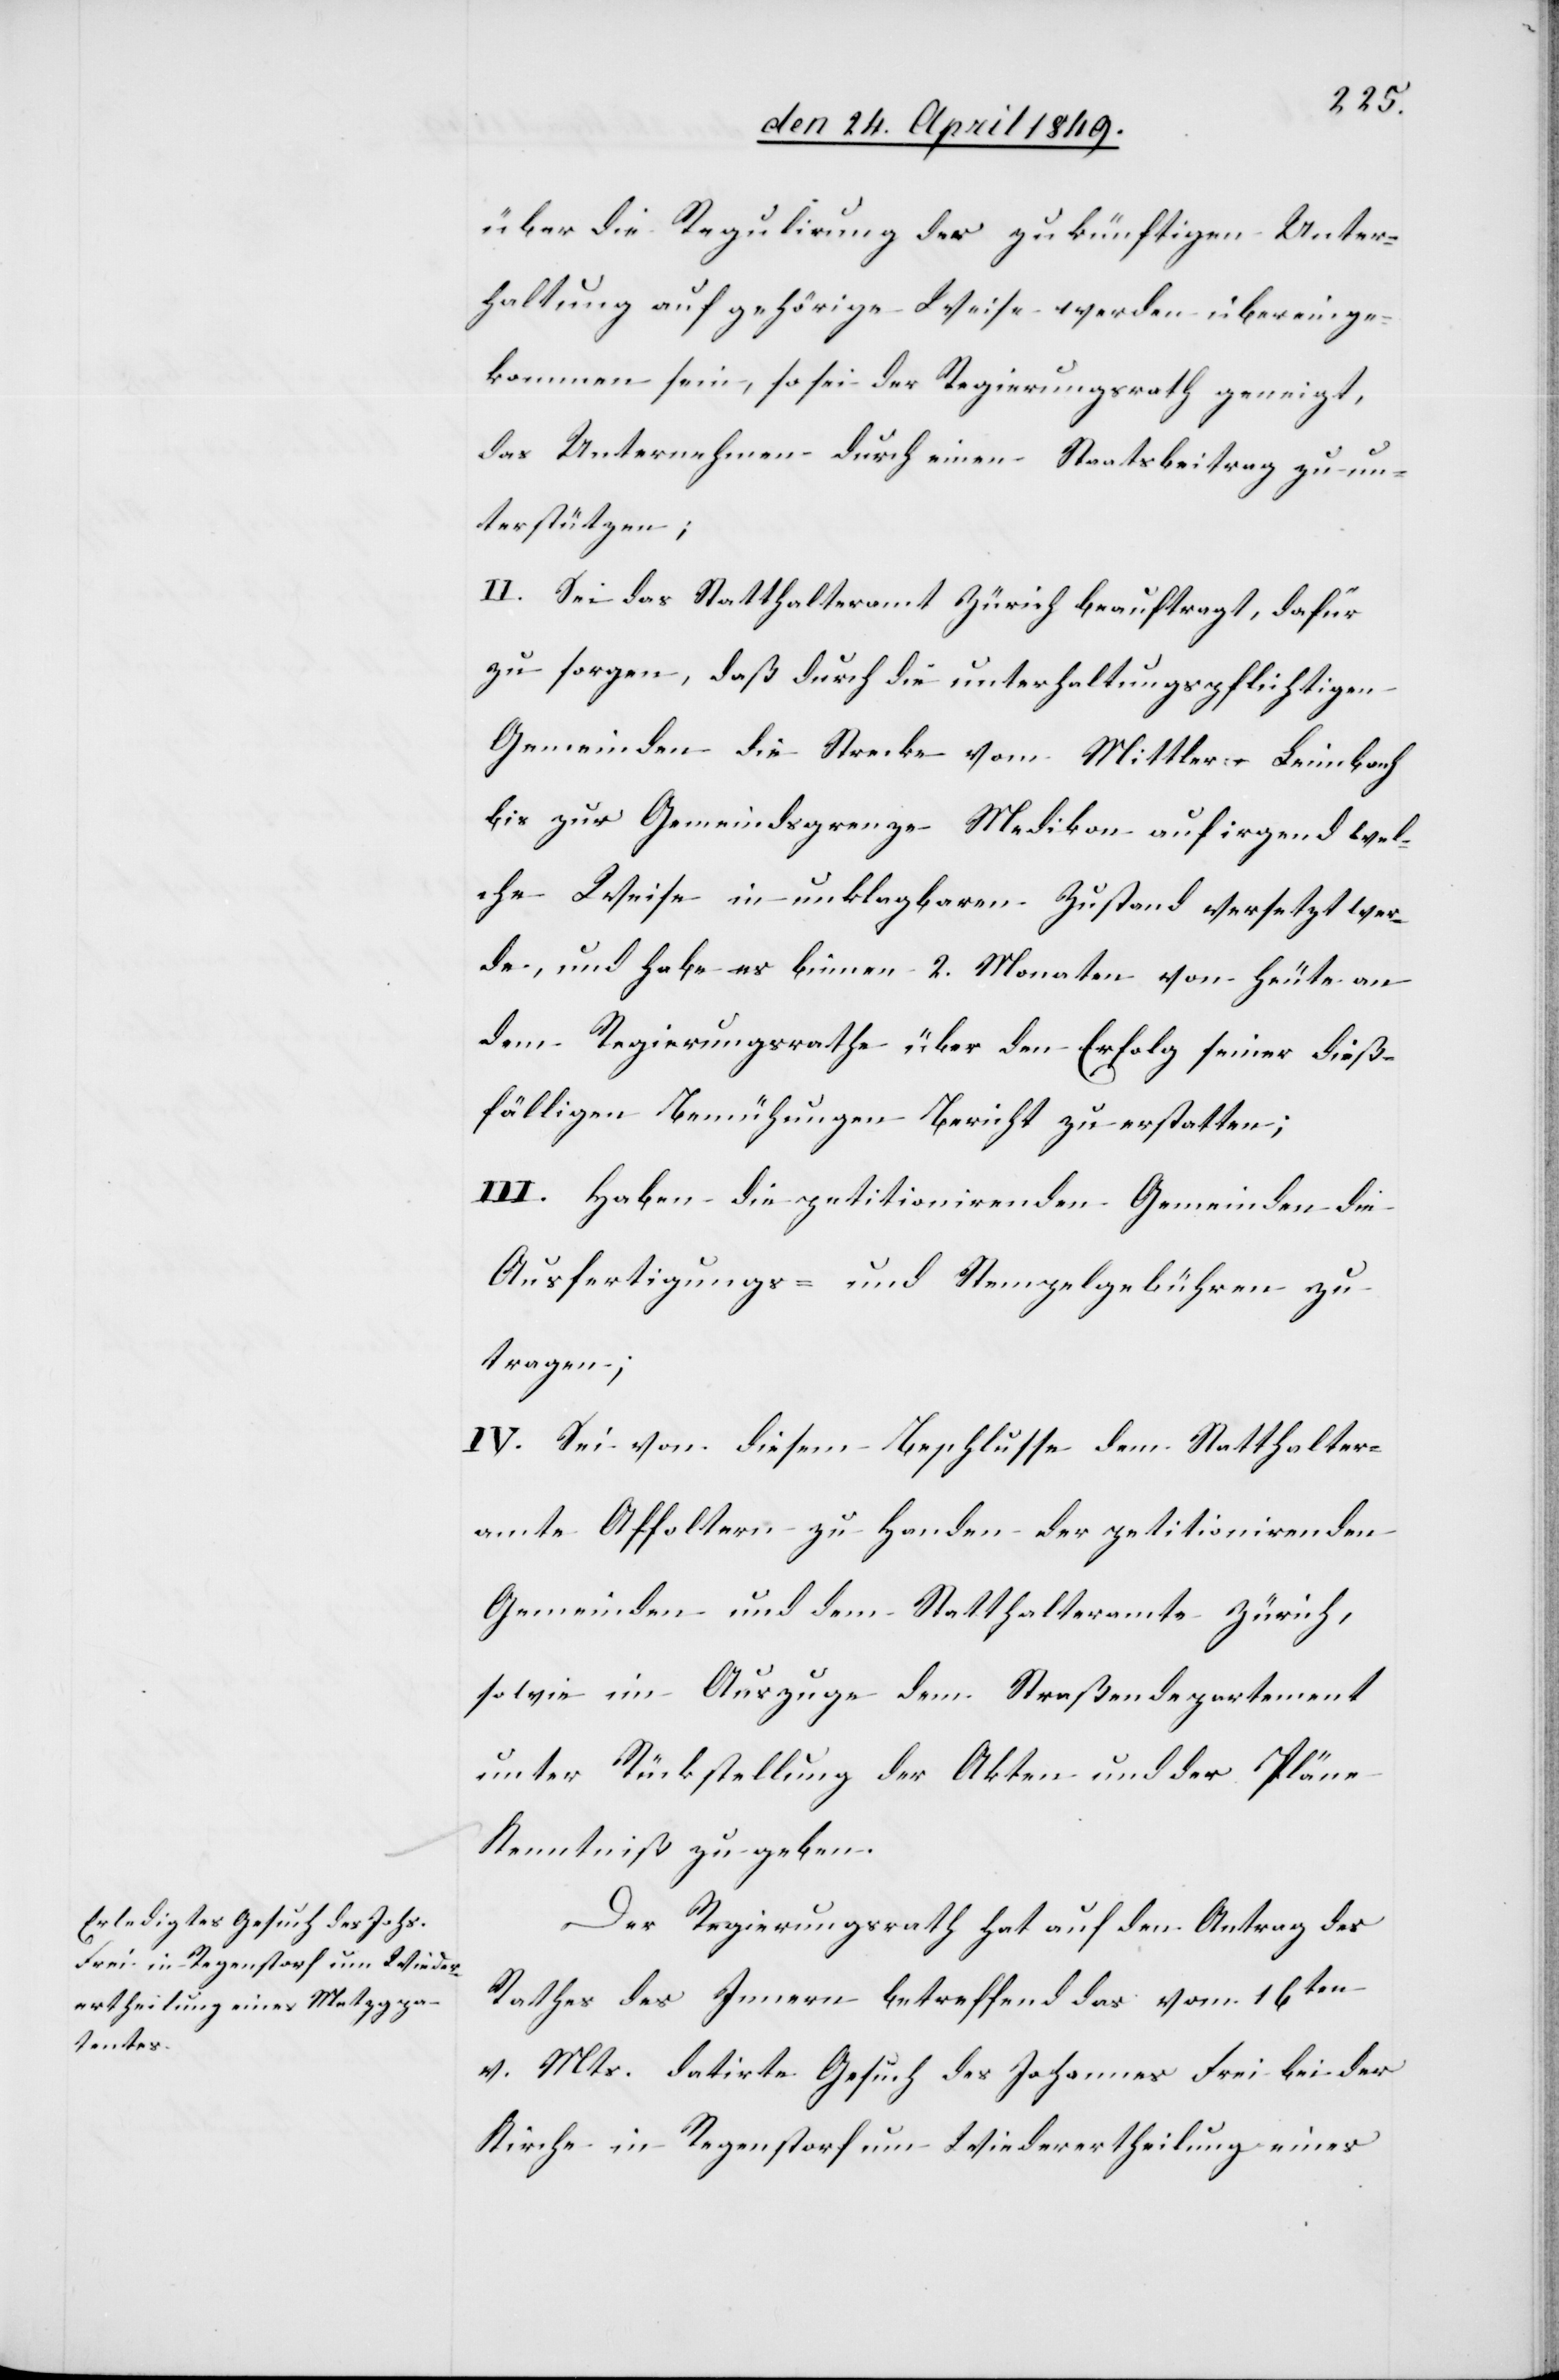
über die Regulirung der zukünftigen Unter¬
haltung auf gehörige Weise werden übereinge¬
kommen sein, so sei der Regierungsrath geneigt,
das Unternehmen durch einen Staatsbeitrag zu un¬
terstützen;
II. Sei das Statthalteramt Zürich beauftragt, dafür
zu sorgen, daß durch die unterhaltungspflichtigen
Gemeinden die Strecke vom Mittler-Leimbach
bis zur Gemeindsgrenze Medikon auf irgend wel¬
che Weise in unklagbaren Zustand versetzt wer¬
de, und habe es binnen 2. Monaten von heute an
dem Regierungsrathe über den Erfolg seiner dieß¬
fälligen Bemühungen Bericht zu erstatten;
III. Haben die petitionirenden Gemeinden die
Ausfertigungs- und Stempelgebühren zu
tragen;
IV. Sei von diesem Beschlusse dem Statthalter¬
amte Affoltern zu Handen der petitionirenden
Gemeinden und dem Statthalteramte Zürich,
sowie im Auszuge dem Straßendepartement
unter Rückstellung der Akten und der Pläne
Kenntniß zu geben.
Der Regierungsrath hat auf den Antrag des
Rathes des Innern betreffend das vom 16ten
v. Mts. datirte Gesuch des Johannes Frei bei der
Kirche in Regenstorf um Wiederertheilung eines